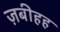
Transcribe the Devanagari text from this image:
ज़बीहह